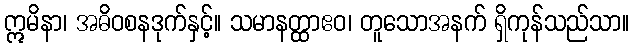
ဣမိနာ၊ အဓိဝစနဒုက်နှင့်။ သမာနတ္ထာဧဝ၊ တူသောအနက် ရှိကုန်သည်သာ။